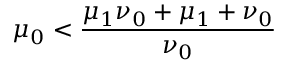
\mu _ { 0 } < \frac { \mu _ { 1 } \nu _ { 0 } + \mu _ { 1 } + \nu _ { 0 } } { \nu _ { 0 } }